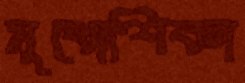
মুখোশিকা